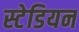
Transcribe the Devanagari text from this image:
स्टेडियन